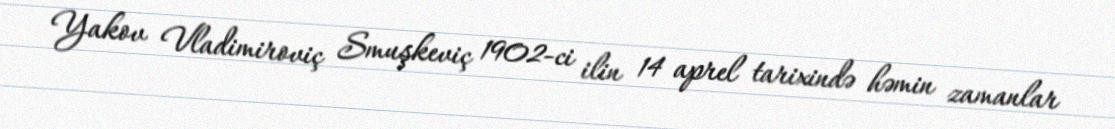
Yakov Vladimiroviç Smuşkeviç 1902-ci ilin 14 aprel tarixində həmin zamanlar